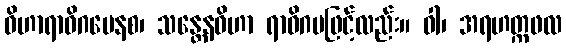
ဝိဟာရာဓိဂမေနစ၊ သန္တေနဝိဟာ ရာဓိဂမဖြင့်လည်း။ ဝါ၊ အရဟတ္ကဖလ